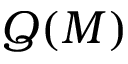
Q ( M )